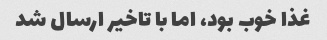
غذا خوب بود، اما با تاخیر ارسال شد